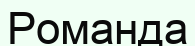
Романда